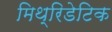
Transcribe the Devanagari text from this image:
मिथ्रिडेटिक